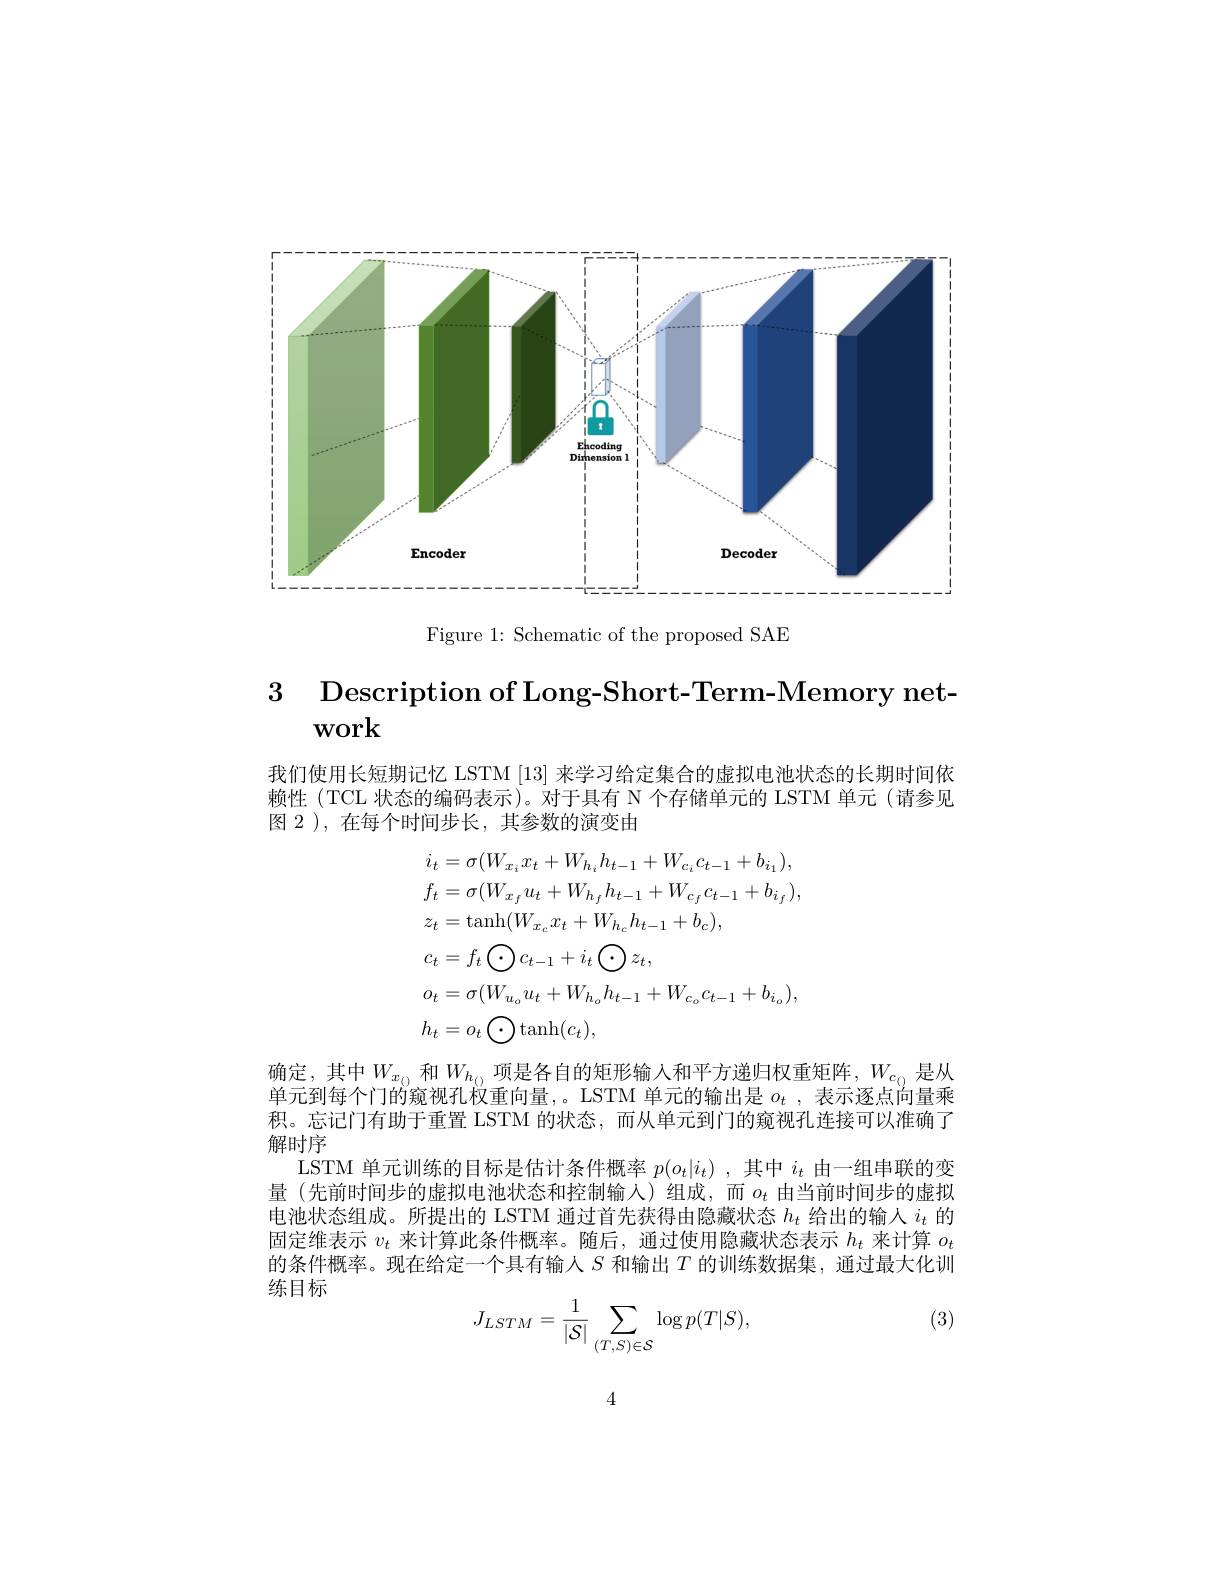
<FigureHere>

Figure 1: Schematic of the proposed SAE

$\begin{array}{ccc}3&\text{Description of Long-Short-Term-Memorv net-}\end{array}$
$\mathbf{work}$

我们使用长短期记忆 LSTM |13|来学习给定集合的虚拟电池状态的长期时间依赖性(TCL 状态的编码表示)。对于具有 N 个存储单元的 LSTM 单元 (请参见图 2 ), 在每个时间步长，其参数的演变由
$$\begin{aligned}&i_{t}=\sigma(W_{x_{i}}x_{t}+W_{h_{i}}h_{t-1}+W_{c_{i}}c_{t-1}+b_{i_{1}}),\\&f_{t}=\sigma(W_{x_{f}}u_{t}+W_{h_{f}}h_{t-1}+W_{c_{f}}c_{t-1}+b_{i_{f}}),\\&z_{t}=\mathrm{tanh}(W_{x_{c}}x_{t}+W_{h_{c}}h_{t-1}+b_{c}),\\&c_{t}=f_{t}\bigodot c_{t-1}+i_{t}\bigodot z_{t},\\&o_{t}=\sigma(W_{u_{o}}u_{t}+W_{h_{o}}h_{t-1}+W_{c_{o}}c_{t-1}+b_{i_{o}}),\\&h_{t}=o_{t}\bigodot\mathrm{tanh}(c_{t}),\end{aligned}$$
确定，其中$W_{x_{(\mathrm{)}}}$ 和$W_{h_{(\mathrm{)}}}$项是各自的矩形输入和平方递归权重矩阵，$W_{c_{(\mathrm{)}}}$ 是从单元到每个门的窥视孔权重向量，。LSTM 单元的输出是$o_t$ ,表示逐点向量乘积。忘记门有助于重置 LSTM 的状态，而从单元到门的窥视孔连接可以准确了解时序
LSTM 单元训练的目标是估计条件概率$p(o_t|i_t)$,其中$i_t$由一组串联的变量(先前时间步的虚拟电池状态和控制输入)组成，而$o_t$ 由当前时间步的虚拟电池状态组成。所提出的 LSTM 通过首先获得由隐藏状态$h_t$给出的输入$i_t$的固定维表示$v_t$来计算此条件概率。随后，通过使用隐藏状态表示$h_t$来计算$o_t$ 的条件概率。现在给定一个具有输入$S$和输出$T$的训练数据集，通过最大化训练目标

(3)
$$J_{LSTM}=\frac{1}{|\mathcal{S}|}\sum_{(T,S)\in\mathcal{S}}\log p(T|S),$$
4